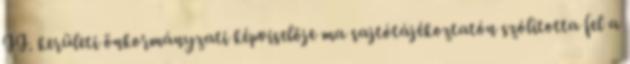
II. kerületi önkormányzati képviselője ma sajtótájékoztatón szólította fel a